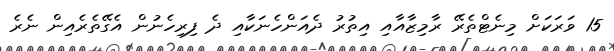
15 ވަރަކަށް މިނެޓްތެރޭ ރާމިޒާއާއި އިތުރު ދެއަންހެނަކާއި ދެ ފިރިހެނުން އެގޭތެރެއިން ނެރެ